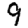
Digit: 9